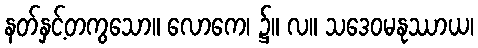
နတ်နှင့်တကွသော။ လောကေ၊ ၌။ လ။ သဒေဝမနုဿာယ၊